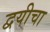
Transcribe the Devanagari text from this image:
द्वयीचा